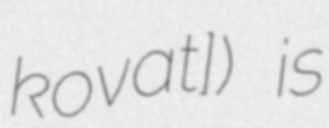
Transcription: koˈvat͡ʃ]) is